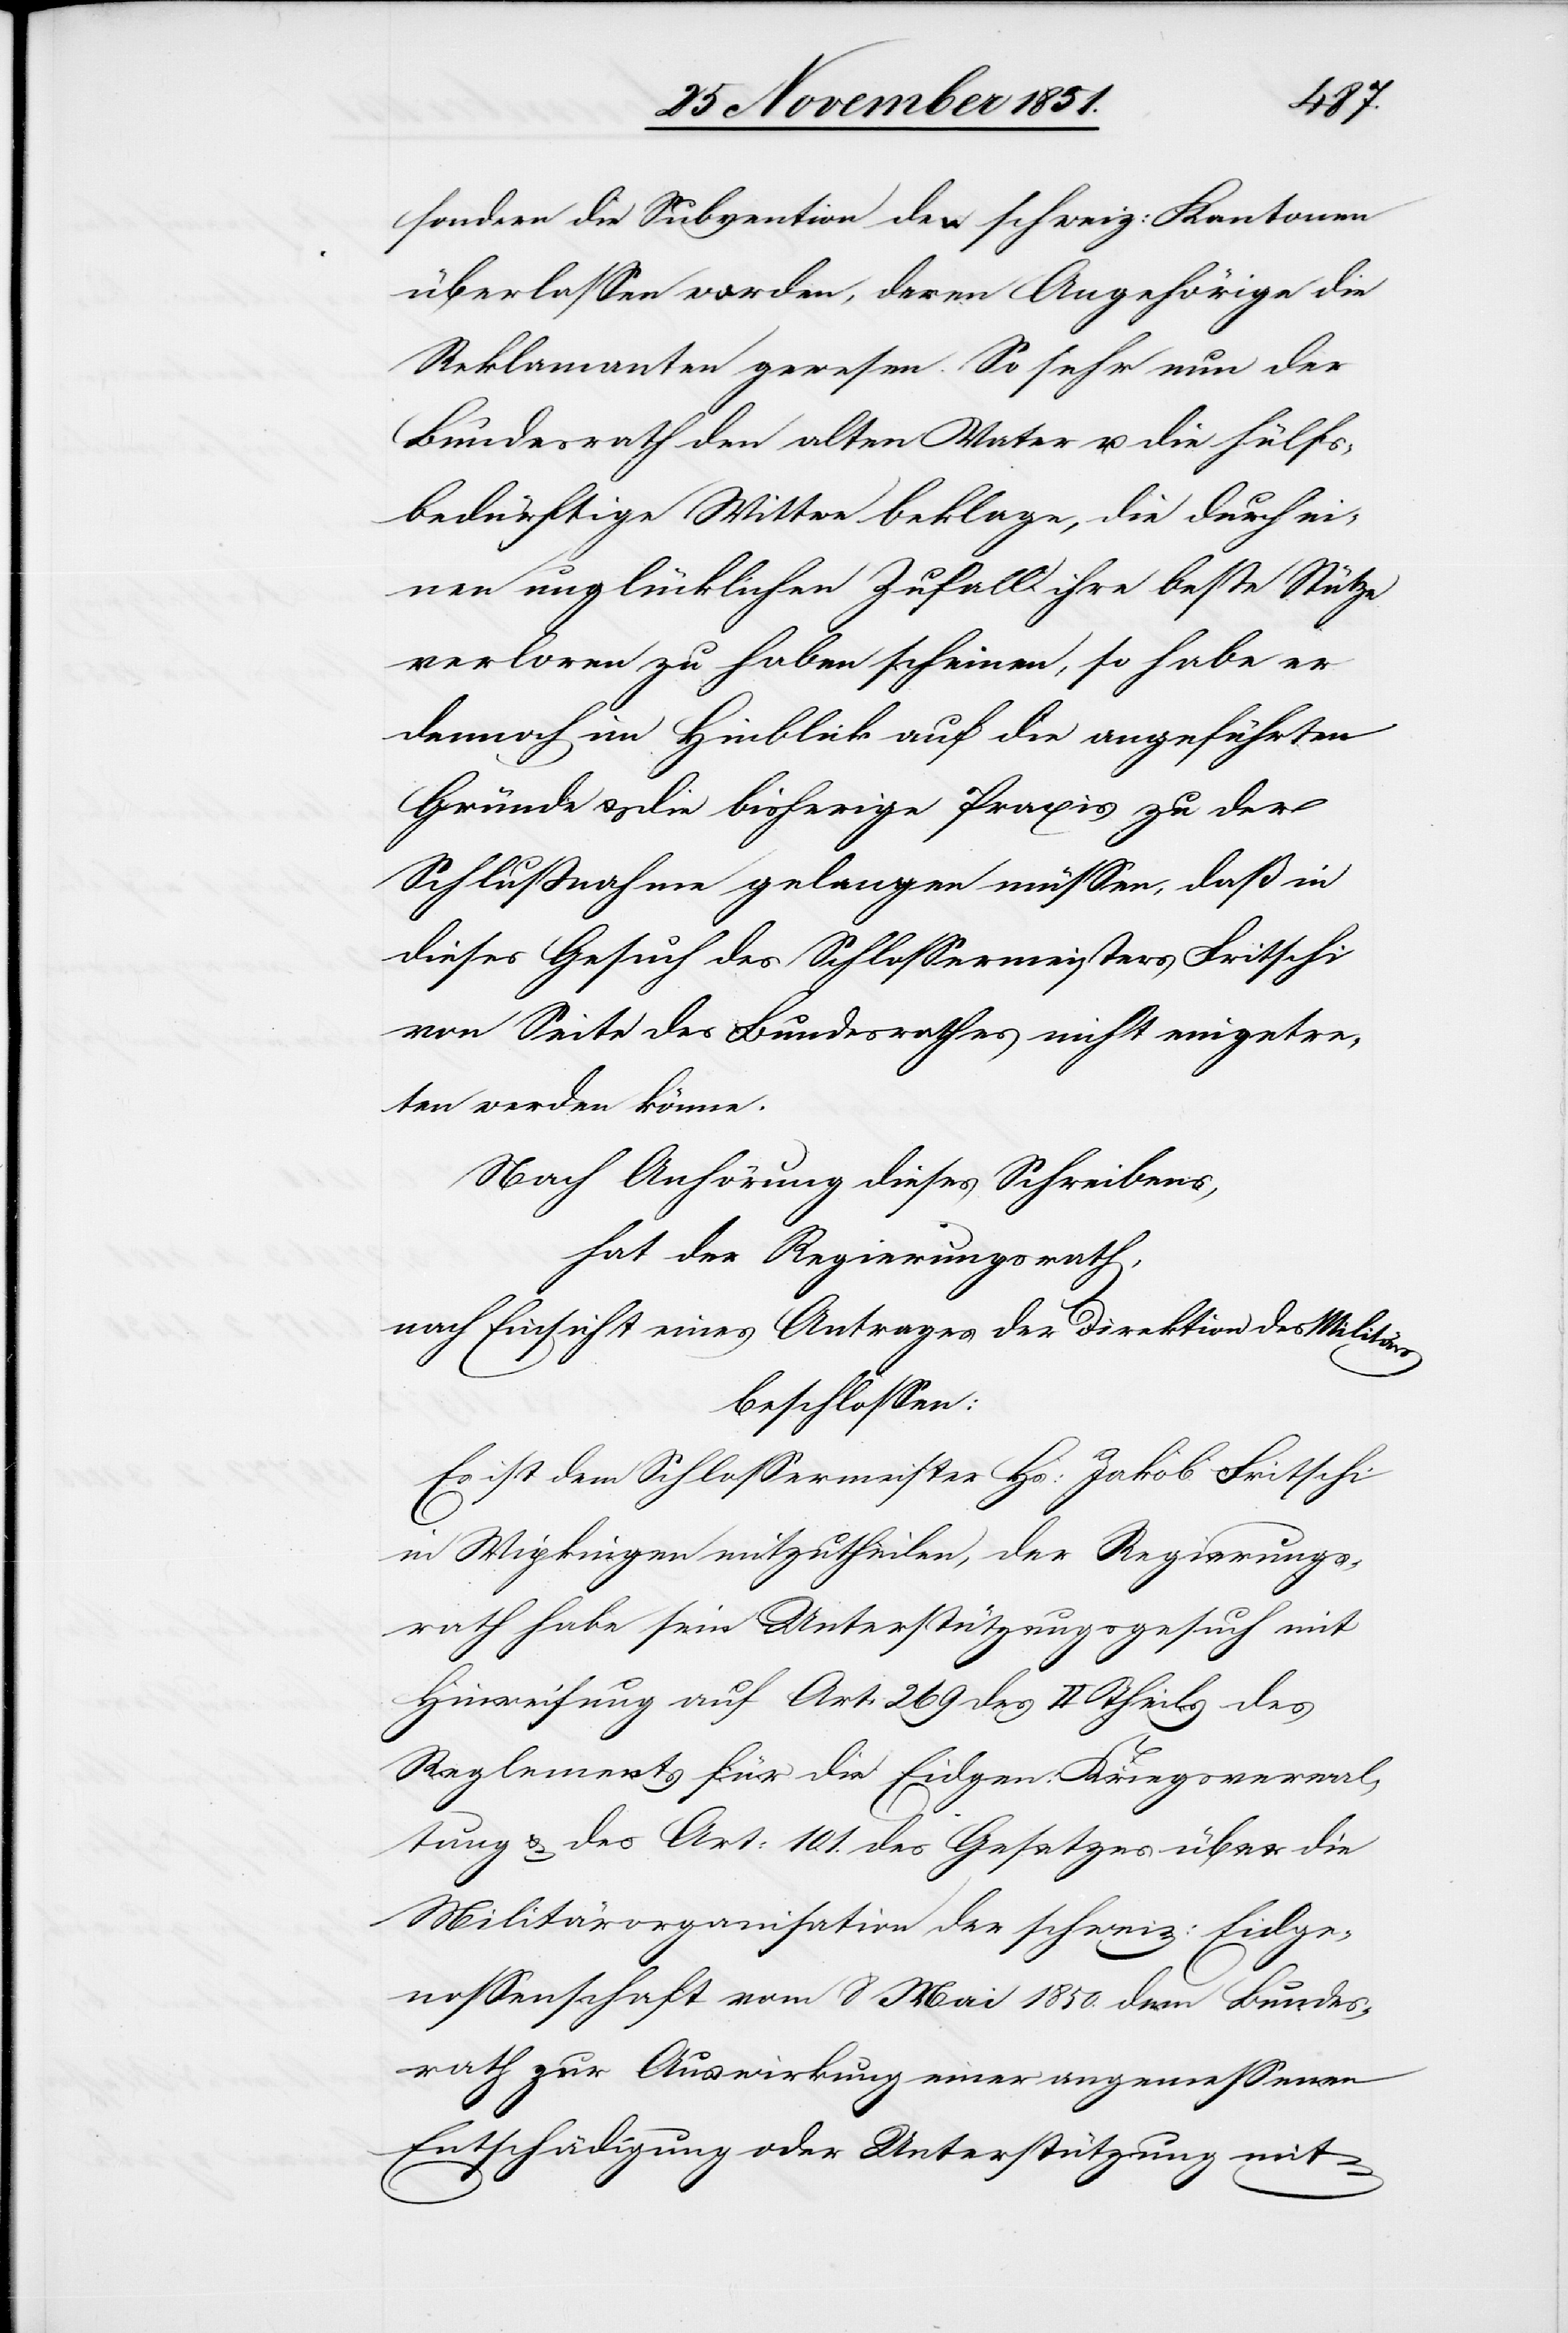
sondern die Subvention den schweiz: Kantonen
überlassen worden, deren Angehörige die
Reklamanten gewesen. So sehr nun der
Bundesrath den alten Vater u. die hülfs¬
bedürftige Wittwe beklage, die durch ei¬
nen unglücklichen Zufall ihre beste Stütze
verloren zu haben scheinen, so habe er
dennoch im Hinblick auf die angeführten
Gründe & die bisherige Praxis zu der
Schlußnahme gelangen müssen, daß in
dieses Gesuch des Schlossermeisters Fritschi
von Seite des Bundesrathes nicht eingetre¬
ten werden könne.
Nach Anhörung dieses Schreibens,
hat der Regierungsrath,
nach Einsicht eines Antrages der Direktion des Militärs
beschlossen:
Es ist dem Schlossermeister Hs: Jakob Fritschi
in Wipkingen mitzutheilen, der Regierungs¬
rath habe sein Unterstützungsgesuch mit
Hinweisung auf Art: 269 des II Theils des
Reglements für die Eidgen: Kriegsverwal¬
tung & des Art: 101. des Gesetzes über die
Militärorganisation der schweiz: Eidge¬
nossenschaft vom 8 Mai 1850. dem Bundes¬
rath zur Auswirkung einer angemessenen
Entschädigung oder Unterstützung mit